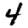
Digit: 4